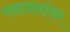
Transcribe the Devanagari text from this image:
रसायनांवर